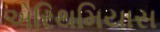
એરિથમિયાસ